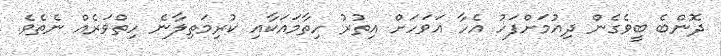
ދޮންބެ ބީވެގެން ދިއުމަށްފަހު އެހާ އަވަހަށް އިތުރު ހިތާމައަކާއި ކުރިމަތިލާނެ ހިތްވަރެއް ނެތެވެ.